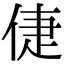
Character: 倢